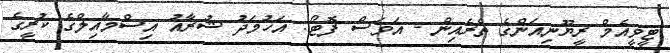
ޓީވީއެމް ރީޔޫނިއަންގެ ތެރެއިން - އަވަސް ފޮޓޯ: އަހުމަދު ޝުރާއު އިސްމާއިލްގެ ކުރީގެ